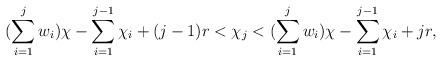
LaTeX: \begin{align*}(\sum\limits_{i =1}^{j} w_i) \chi - \sum\limits_{i=1}^{j-1} \chi_i +(j-1)r < \chi_j < (\sum\limits_{i =1}^{j} w_i) \chi - \sum\limits_{i=1}^{j-1} \chi_i + jr,\end{align*}